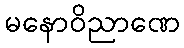
မနောဝိညာဏေ